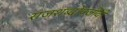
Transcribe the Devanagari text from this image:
राजशब्दोपजीवी